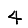
Digit: 4